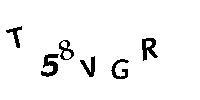
T58VGR